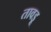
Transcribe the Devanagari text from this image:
तावड़ू